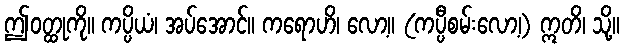
ဤဝတ္ထုကို။ ကပ္ပိယံ၊ အပ်အောင်။ ကရောဟိ၊ လော့။ (ကပ္ပီစမ်းလော့၊) ဣတိ၊ သို့။